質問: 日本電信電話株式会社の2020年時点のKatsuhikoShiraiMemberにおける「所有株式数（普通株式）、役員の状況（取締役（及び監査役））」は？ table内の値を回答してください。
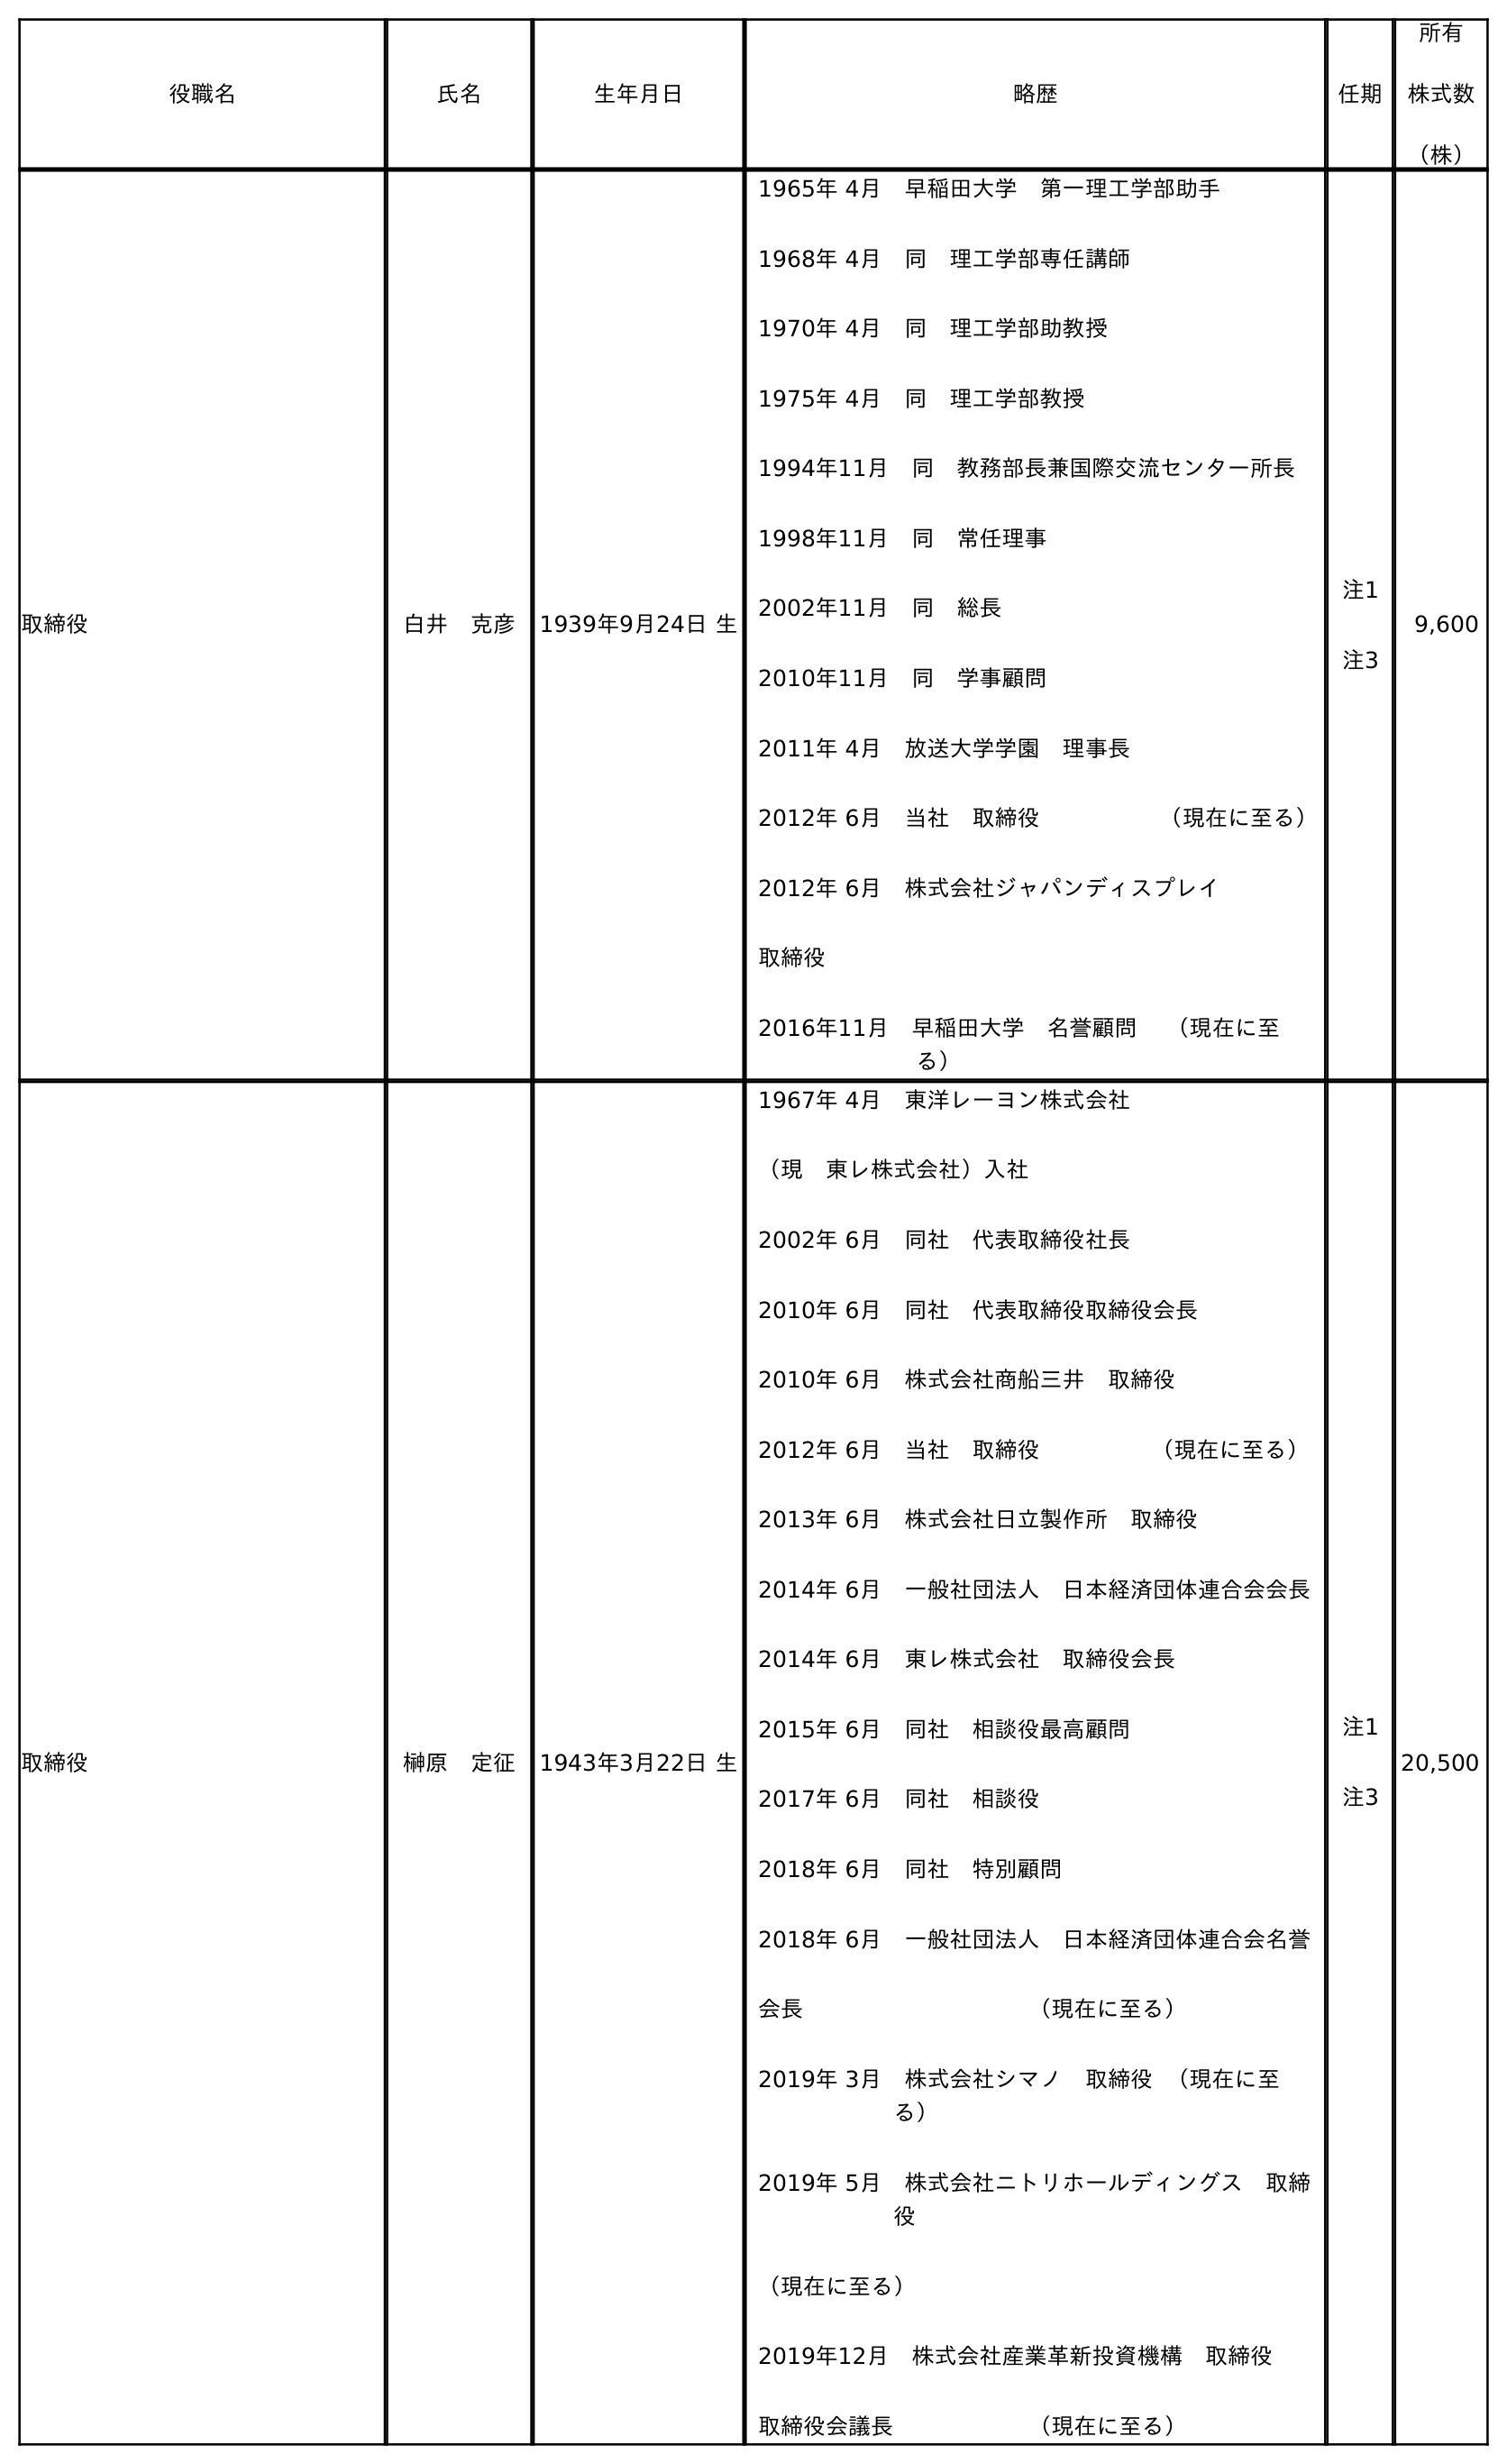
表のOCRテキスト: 役職名 氏名 生年月日 略歴 任期 所有 株式数 （株） 取締役 白井 克彦 1939年9月24日 生 1965年 4月 早稲田大学 第一理工学部助手 1968年 4月 同 理工学部専任講師 1970年 4月 同 理工学部助教授 1975年 4月 同 理工学部教授 1994年11月 同 教務部長兼国際交流センター所長 1998年11月 同 常任理事 2002年11月 同 総長 2010年11月 同 学事顧問 2011年 4月 放送大学学園 理事長 2012年 6月 当社 取締役      （現在に至る） 2012年 6月 株式会社ジャパンディスプレイ 取締役 2016年11月 早稲田大学 名誉顧問  （現在に至 る） 注1 注3 9,600 取締役 榊原 定征 1943年3月22日 生 1967年 4月 東洋レーヨン株式会社 （現 東レ株式会社）入社 2002年 6月 同社 代表取締役社長 2010年 6月 同社 代表取締役取締役会長 2010年 6月 株式会社商船三井 取締役 2012年 6月 当社 取締役     （現在に至る） 2013年 6月 株式会社日立製作所 取締役 2014年 6月 一般社団法人 日本経済団体連合会会長 2014年 6月 東レ株式会社 取締役会長 2015年 6月 同社 相談役最高顧問 2017年 6月 同社 相談役 2018年 6月 同社 特別顧問 2018年 6月 一般社団法人 日本経済団体連合会名誉 会長          （現在に至る） 2019年 3月 株式会社シマノ 取締役 （現在に至 る） 2019年 5月 株式会社ニトリホールディングス 取締 役 （現在に至る） 2019年12月 株式会社産業革新投資機構 取締役 取締役会議長      （現在に至る） 注1 注3 20,500
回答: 9,600